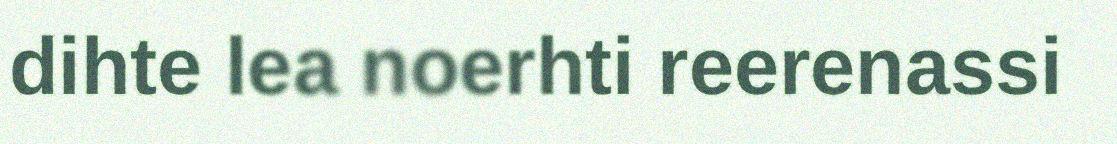
dihte lea noerhti reerenassi